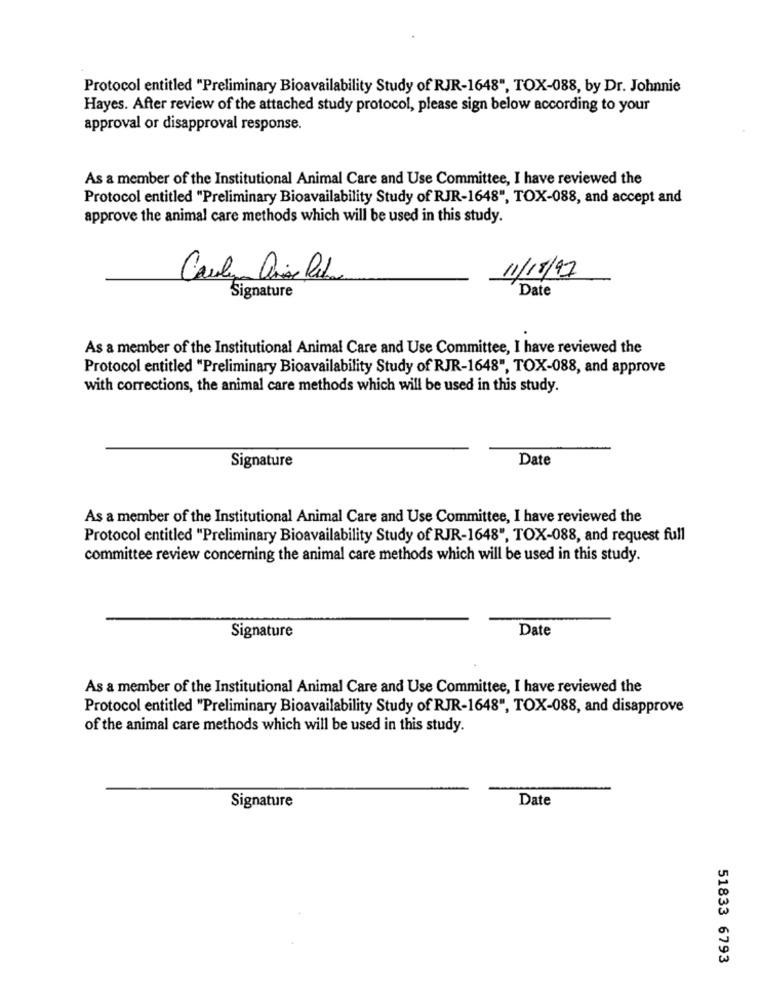
Protocol entitled "Preliminary Bioavailability Study of RJR-1648", TOX-088, by Dr. Johnnie
Hayes. After review of the attached study protocol, please sign below according to your
approval or disapproval response.
As a member of the Institutional Animal Care and Use Committee, I have reviewed the
Protocol entitled "Preliminary Bioavailability Study of RJR-1648", TOX-088, and accept and
approve the animal care methods which will be used in this study.
11/18/17
Date
Signature
As a member of the Institutional Animal Care and Use Committee, I have reviewed the
Protocol entitled "Preliminary Bioavailability Study of RJR-1648", TOX-088, and approve
with corrections, the animal care methods which will be used in this study.
Signature
Date
As a member of the Institutional Animal Care and Use Committee, I have reviewed the
Protocol entitled "Preliminary Bioavailability Study of RJR-1648", TOX-088, and request full
committee review concerning the animal care methods which will be used in this study.
Date
Signature
As a member of the Institutional Animal Care and Use Committee, I have reviewed the
Protocol entitled "Preliminary Bioavailability Study of RJR-1648", TOX-088, and disapprove
of the animal care methods which will be used in this study.
Date
Signature
51833 6793